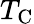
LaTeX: T_{\mathrm{C}}